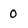
Character: 0